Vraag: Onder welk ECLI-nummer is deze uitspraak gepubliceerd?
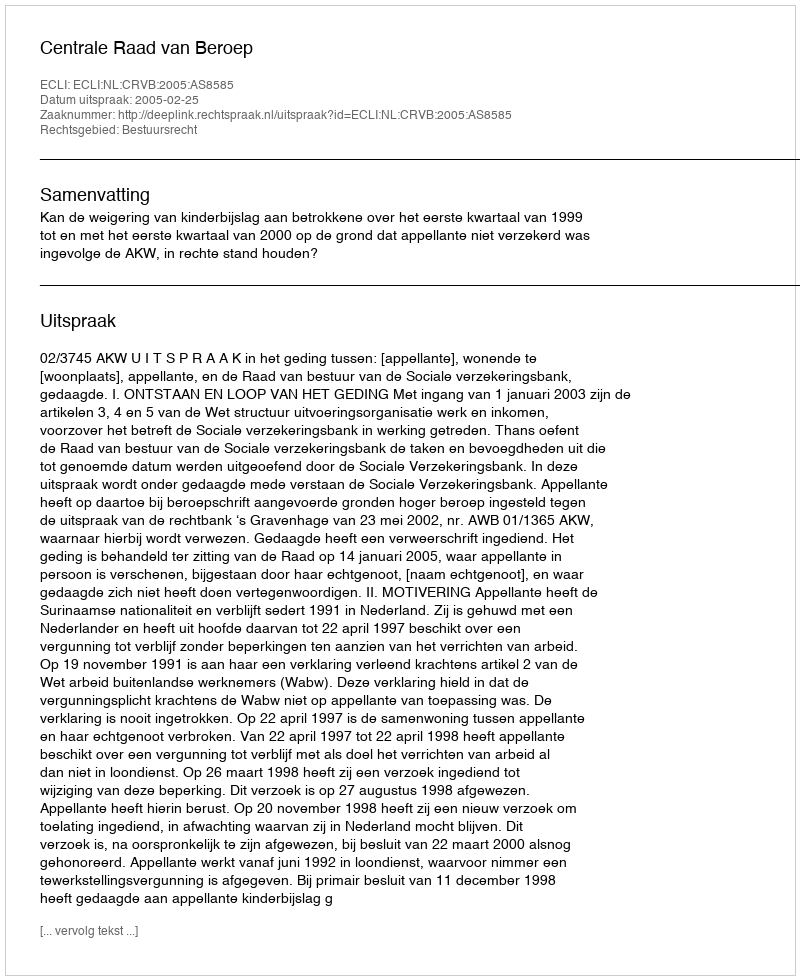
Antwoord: ECLI:NL:CRVB:2005:AS8585